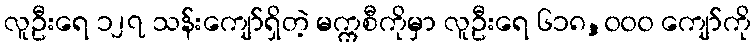
လူဦးရေ ၁၂၇ သန်းကျော်ရှိတဲ့ မက္ကစီကိုမှာ လူဦးရေ ၆၁၈,၀၀၀ ကျော်ကို